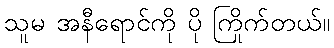
သူမ အနီရောင်ကို ပို ကြိုက်တယ်။